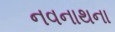
નવનાથના